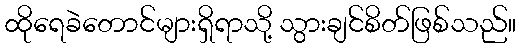
ထိုရေခဲတောင်များရှိရာသို့ သွားချင်စိတ်ဖြစ်သည်။